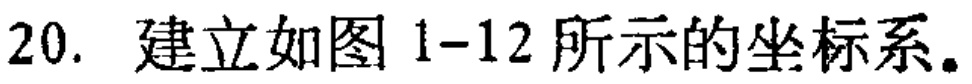
20. 建立如图 1-12 所示的坐标系。